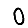
Digit: 0